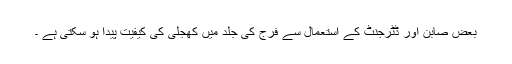
بعض صابن اور ڈٹرجنٹ کے استعمال سے فُرج کی جِلد میں کُھجلی کی کیفیت پیدا ہو سکتی ہے ۔